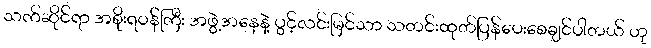
သက်ဆိုင်ရာ အစိုးရဝန်ကြီး အဖွဲ့အနေနဲ့ ပွင့်လင်းမြင်သာ သတင်းထုတ်ပြန်ပေးစေချင်ပါတယ် ဟု